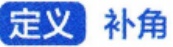
定义 补角